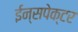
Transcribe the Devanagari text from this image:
ईन्सपेक्टर